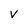
Character: V